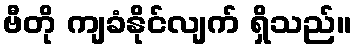
ဗီတို ကျခံနိုင်လျက် ရှိသည်။